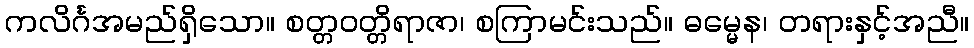
ကလိင်္ဂအမည်ရှိသော။ စတ္တဝတ္တိရာဇာ၊ စကြာမင်းသည်။ ဓမ္မေန၊ တရားနှင့်အညီ။